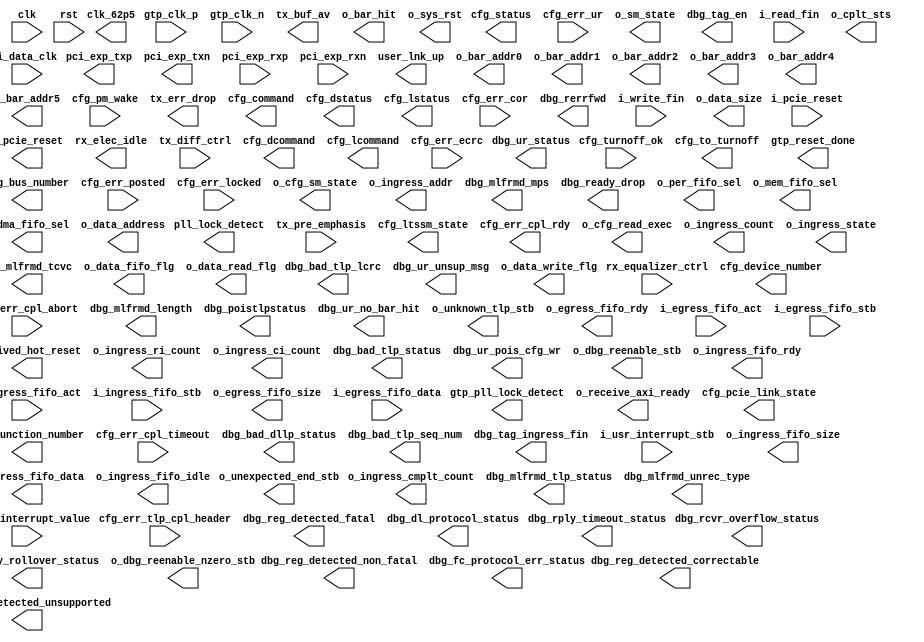
module artemis_pcie_controller #(
  parameter SERIAL_NUMBER             = 64'h000000000000C594,
  parameter DATA_INGRESS_FIFO_DEPTH   = 10,   //4096
  parameter DATA_EGRESS_FIFO_DEPTH    = 6     //256
)(
  input                     clk,
  input                     rst,
  //The Following Signals are clocked at 62.5MHz
  // PCI Express Fabric Interface
  input                     gtp_clk_p,
  input                     gtp_clk_n,
  output                    pci_exp_txp,
  output                    pci_exp_txn,
  input                     pci_exp_rxp,
  input                     pci_exp_rxn,
  input                     i_pcie_reset,
  // Transaction (TRN) Interface
  output                    user_lnk_up,
 (* KEEP = "TRUE" *) output clk_62p5,
  // Conifguration: Interrupt
  output      [31:0]        o_bar_addr0,
  output      [31:0]        o_bar_addr1,
  output      [31:0]        o_bar_addr2,
  output      [31:0]        o_bar_addr3,
  output      [31:0]        o_bar_addr4,
  output      [31:0]        o_bar_addr5,
  // Configuration: Power Management
  input                     cfg_turnoff_ok,
  output                    cfg_to_turnoff,
  input                     cfg_pm_wake,
  // System Interface
  output                    o_pcie_reset,
  output                    received_hot_reset,
  output                    gtp_reset_done,
  output                    gtp_pll_lock_detect,
  output                    pll_lock_detect,
  //GTP PHY Configurations
  output                    rx_elec_idle,
  input       [1:0]         rx_equalizer_ctrl,
  input       [3:0]         tx_diff_ctrl,
  input       [2:0]         tx_pre_emphasis,
  output      [4:0]         cfg_ltssm_state,
  output      [5:0]         tx_buf_av,
  output                    tx_err_drop,
  //Extra Info
  output      [6:0]         o_bar_hit,
  output                    o_receive_axi_ready,
  output      [2:0]         cfg_pcie_link_state,
  output      [7:0]         cfg_bus_number,
  output      [4:0]         cfg_device_number,
  output      [2:0]         cfg_function_number,
  output      [15:0]        cfg_status,
  output      [15:0]        cfg_command,
  output      [15:0]        cfg_dstatus,
  output      [15:0]        cfg_dcommand,
  output      [15:0]        cfg_lstatus,
  output      [15:0]        cfg_lcommand,
  // Configuration: Error
  input                     cfg_err_ur,
  input                     cfg_err_cor,
  input                     cfg_err_ecrc,
  input                     cfg_err_cpl_timeout,
  input                     cfg_err_cpl_abort,
  input                     cfg_err_posted,
  input                     cfg_err_locked,
  input       [47:0]        cfg_err_tlp_cpl_header,
  output                    cfg_err_cpl_rdy,
  //Debug
  output      [7:0]         o_cfg_read_exec,
  output      [3:0]         o_cfg_sm_state,
  output      [3:0]         o_sm_state,
  output      [7:0]         o_ingress_count,
  output      [3:0]         o_ingress_state,
  output      [7:0]         o_ingress_ri_count,
  output      [7:0]         o_ingress_ci_count,
  output      [31:0]        o_ingress_cmplt_count,
  output      [31:0]        o_ingress_addr,
  output                    dbg_reg_detected_correctable,
  output                    dbg_reg_detected_fatal,
  output                    dbg_reg_detected_non_fatal,
  output                    dbg_reg_detected_unsupported,
  output                    dbg_bad_dllp_status,
  output                    dbg_bad_tlp_lcrc,
  output                    dbg_bad_tlp_seq_num,
  output                    dbg_bad_tlp_status,
  output                    dbg_dl_protocol_status,
  output                    dbg_fc_protocol_err_status,
  output                    dbg_mlfrmd_length,
  output                    dbg_mlfrmd_mps,
  output                    dbg_mlfrmd_tcvc,
  output                    dbg_mlfrmd_tlp_status,
  output                    dbg_mlfrmd_unrec_type,
  output                    dbg_poistlpstatus,
  output                    dbg_rcvr_overflow_status,
  output                    dbg_rply_rollover_status,
  output                    dbg_rply_timeout_status,
  output                    dbg_ur_no_bar_hit,
  output                    dbg_ur_pois_cfg_wr,
  output                    dbg_ur_status,
  output                    dbg_ur_unsup_msg,
  output        [15:0]      dbg_tag_ingress_fin,
  output        [15:0]      dbg_tag_en,
  output                    dbg_rerrfwd,
  output                    dbg_ready_drop,
  output                    o_dbg_reenable_stb,
  output                    o_dbg_reenable_nzero_stb, //If the host responded a bit then this will be greater than zero
  output                    o_sys_rst,
  //User Interfaces
  output                    o_per_fifo_sel,
  output                    o_mem_fifo_sel,
  output                    o_dma_fifo_sel,
  input                     i_write_fin,
  input                     i_read_fin,
  output      [31:0]        o_data_size,
  output      [31:0]        o_data_address,
  output                    o_data_fifo_flg,
  output                    o_data_read_flg,
  output                    o_data_write_flg,
  input                     i_usr_interrupt_stb,
  input       [31:0]        i_usr_interrupt_value,
  output      [2:0]         o_cplt_sts,
  output                    o_unknown_tlp_stb,
  output                    o_unexpected_end_stb,
  //Ingress FIFO
  input                     i_data_clk,
  output                    o_ingress_fifo_rdy,
  input                     i_ingress_fifo_act,
  output      [23:0]        o_ingress_fifo_size,
  input                     i_ingress_fifo_stb,
  output      [31:0]        o_ingress_fifo_data,
  output                    o_ingress_fifo_idle,
  //Egress FIFO
  output      [1:0]         o_egress_fifo_rdy,
  input       [1:0]         i_egress_fifo_act,
  output      [23:0]        o_egress_fifo_size,
  input                     i_egress_fifo_stb,
  input       [31:0]        i_egress_fifo_data
);
// local parameters
// registes/wires
// Control Signals
wire  [1:0]                 c_in_wr_ready;
wire  [1:0]                 c_in_wr_activate;
wire  [23:0]                c_in_wr_size;
wire                        c_in_wr_stb;
wire  [31:0]                c_in_wr_data;
wire                        c_out_rd_stb;
wire                        c_out_rd_ready;
wire                        c_out_rd_activate;
wire  [23:0]                c_out_rd_size;
wire  [31:0]                c_out_rd_data;
//Data
wire  [1:0]                 d_in_wr_ready;
wire  [1:0]                 d_in_wr_activate;
wire  [23:0]                d_in_wr_size;
wire                        d_in_wr_stb;
wire  [31:0]                d_in_wr_data;
wire                        d_out_rd_stb;
wire                        d_out_rd_ready;
wire                        d_out_rd_activate;
wire  [23:0]                d_out_rd_size;
wire  [31:0]                d_out_rd_data;
wire  [31:0]                m_axis_rx_tdata;
wire  [3:0]                 m_axis_rx_tkeep;
wire                        m_axis_rx_tlast;
wire                        m_axis_rx_tvalid;
wire                        m_axis_rx_tready;
wire  [21:0]                m_axis_rx_tuser;
wire                        s_axis_tx_tready;
wire  [31:0]                s_axis_tx_tdata;
wire  [3:0]                 s_axis_tx_tkeep;
wire  [3:0]                 s_axis_tx_tuser;
wire                        s_axis_tx_tlast;
wire                        s_axis_tx_tvalid;
wire                        cfg_trn_pending;
wire                        cfg_interrupt_stb;
wire                        cfg_interrupt;
wire                        cfg_interrupt_rdy;
wire                        cfg_interrupt_assert;
wire  [7:0]                 cfg_interrupt_do;
wire  [7:0]                 cfg_interrupt_di;
wire  [2:0]                 cfg_interrupt_mmenable;
wire                        cfg_interrupt_msienable;
wire  [7:0]                 w_interrupt_msi_value;
wire                        w_interrupt_stb;
//XXX: Configuration Registers this should be read in by the controller
wire  [31:0]                w_write_a_addr;
wire  [31:0]                w_write_b_addr;
wire  [31:0]                w_read_a_addr;
wire  [31:0]                w_read_b_addr;
wire  [31:0]                w_status_addr;
wire  [31:0]                w_buffer_size;
wire  [31:0]                w_ping_value;
wire  [31:0]                w_dev_addr;
wire  [1:0]                 w_update_buf;
wire                        w_update_buf_stb;
//XXX: Control SM Signals
wire  [31:0]                w_control_addr_base;
wire  [31:0]                w_cmd_data_count;
wire  [31:0]                w_cmd_data_address;
assign  w_control_addr_base = o_bar_addr0;
//XXX: These signals are controlled by the buffer controller
//BUFFER Interface
wire                        w_buf_we;
wire  [31:0]                w_buf_addr;
wire  [31:0]                w_buf_dat;
wire                        s_axis_tx_discont;
wire                        s_axis_tx_stream;
wire                        s_axis_tx_err_fwd;
wire                        s_axis_tx_s6_not_used;
wire          [31:0]        cfg_do;
wire                        cfg_rd_wr_done;
wire          [9:0]         cfg_dwaddr;
wire                        cfg_rd_en;
wire                        cfg_enable;
wire                        tx_cfg_gnt;
wire                        rx_np_ok;
wire  [6:0]                 w_bar_hit;
wire                        w_enable_config_read;
wire                        w_finished_config_read;
wire                        w_reg_write_stb;
//Command Strobe Signals
wire                        w_cmd_rst_stb;
wire                        w_cmd_wr_stb;
wire                        w_cmd_rd_stb;
wire                        w_cmd_ping_stb;
wire                        w_cmd_rd_cfg_stb;
wire                        w_cmd_unknown_stb;
//Command Flag Signals
wire                        w_cmd_flg_fifo_stb;
wire                        w_cmd_flg_sel_per_stb;
wire                        w_cmd_flg_sel_mem_stb;
wire                        w_cmd_flg_sel_dma_stb;
//Egress FIFO Signals
wire                        w_egress_enable;
wire                        w_egress_finished;
wire  [7:0]                 w_egress_tlp_command;
wire  [13:0]                w_egress_tlp_flags;
wire  [31:0]                w_egress_tlp_address;
wire  [15:0]                w_egress_tlp_requester_id;
wire  [7:0]                 w_egress_tag;
/****************************************************************************
wire                        w_ctr_fifo_sel;
wire                        w_egress_fifo_rdy;
wire                        w_egress_fifo_act;
wire  [23:0]                w_egress_fifo_size;
wire  [31:0]                w_egress_fifo_data;
wire                        w_egress_fifo_stb;
wire                        w_e_ctr_fifo_rdy;
wire                        w_e_ctr_fifo_act;
wire  [23:0]                w_e_ctr_fifo_size;
wire  [31:0]                w_e_ctr_fifo_data;
wire                        w_e_ctr_fifo_stb;
wire                        w_e_per_fifo_rdy;
wire                        w_e_per_fifo_act;
wire  [23:0]                w_e_per_fifo_size;
wire  [31:0]                w_e_per_fifo_data;
wire                        w_e_per_fifo_stb;
wire                        w_e_mem_fifo_rdy;
wire                        w_e_mem_fifo_act;
wire  [23:0]                w_e_mem_fifo_size;
wire  [31:0]                w_e_mem_fifo_data;
wire                        w_e_mem_fifo_stb;
wire                        w_e_dma_fifo_rdy;
wire                        w_e_dma_fifo_act;
wire  [23:0]                w_e_dma_fifo_size;
wire  [31:0]                w_e_dma_fifo_data;
wire                        w_e_dma_fifo_stb;
wire  [12:0]                w_ibm_buf_offset;
wire                        w_bb_buf_we;
wire  [10:0]                w_bb_buf_addr;
wire  [31:0]                w_bb_buf_data;
wire  [23:0]                w_bb_data_count;
wire  [1:0]                 w_i_data_fifo_rdy;
wire  [1:0]                 w_o_data_fifo_act;
wire  [23:0]                w_o_data_fifo_size;
wire                        w_i_data_fifo_stb;
wire  [31:0]                w_i_data_fifo_data;
wire                        w_e_data_fifo_rdy;
wire                        w_e_data_fifo_act;
wire  [23:0]                w_e_data_fifo_size;
wire                        w_e_data_fifo_stb;
wire  [31:0]                w_e_data_fifo_data;
wire                        w_egress_inactive;
wire                        w_dat_fifo_sel;
wire  [23:0]                w_buf_max_size;
assign  w_buf_max_size  = 2**DATA_INGRESS_FIFO_DEPTH;
//Credit Manager
wire                        w_rcb_128B_sel;
wire  [2:0]                 fc_sel;
wire  [7:0]                 fc_nph;
wire  [11:0]                fc_npd;
wire  [7:0]                 fc_ph;
wire  [11:0]                fc_pd;
wire  [7:0]                 fc_cplh;
wire  [11:0]                fc_cpld;
wire                        w_pcie_ctr_fc_ready;
wire                        w_pcie_ctr_cmt_stb;
wire  [9:0]                 w_pcie_ctr_dword_req_cnt;
wire                        w_pcie_ing_fc_rcv_stb;
wire  [9:0]                 w_pcie_ing_fc_rcv_cnt;
//Buffer Manager
wire                        w_hst_buf_fin_stb;
wire  [1:0]                 w_hst_buf_fin;
wire                        w_ctr_en;
wire                        w_ctr_mem_rd_req_stb;
wire                        w_ctr_dat_fin;
wire                        w_ctr_tag_rdy;
wire  [7:0]                 w_ctr_tag;
wire  [9:0]                 w_ctr_dword_size;
wire                        w_ctr_buf_sel;
wire                        w_ctr_idle;
wire  [11:0]                w_ctr_start_addr;
wire  [7:0]                 w_ing_cplt_tag;
wire  [6:0]                 w_ing_cplt_lwr_addr;
wire  [1:0]                 w_bld_buf_en;
wire                        w_bld_buf_fin;
wire                        w_wr_fin;
wire                        w_rd_fin;
cross_clock_enable rd_fin_en (
  .rst                               (o_pcie_reset                  ),
  .in_en                             (i_read_fin                    ),
  .out_clk                           (clk_62p5                      ),
  .out_en                            (w_rd_fin                      )
);
cross_clock_enable wr_fin_en (
  .rst                               (o_pcie_reset                  ),
  .in_en                             (i_write_fin                   ),
  .out_clk                           (clk_62p5                      ),
  .out_en                            (w_wr_fin                      )
);
/****************************************************************************
pcie_axi_bridge pcie_interface
//sim_pcie_axi_bridge pcie_interface
(
  // PCI Express Fabric Interface
  .pci_exp_txp                       (pci_exp_txp                   ),
  .pci_exp_txn                       (pci_exp_txn                   ),
  .pci_exp_rxp                       (pci_exp_rxp                   ),
  .pci_exp_rxn                       (pci_exp_rxn                   ),
  // Transaction (TRN) Interface
  .user_lnk_up                       (user_lnk_up                   ),
  // Tx
  .s_axis_tx_tready                  (s_axis_tx_tready              ),
  .s_axis_tx_tdata                   (s_axis_tx_tdata               ),
  .s_axis_tx_tkeep                   (s_axis_tx_tkeep               ),
  .s_axis_tx_tuser                   (s_axis_tx_tuser               ),
  .s_axis_tx_tlast                   (s_axis_tx_tlast               ),
  .s_axis_tx_tvalid                  (s_axis_tx_tvalid              ),
  .tx_cfg_gnt                        (tx_cfg_gnt                    ),
//  .user_enable_comm                  (user_enable_comm              ),
  // Rx
  .m_axis_rx_tdata                   (m_axis_rx_tdata               ),
  .m_axis_rx_tkeep                   (m_axis_rx_tkeep               ),
  .m_axis_rx_tlast                   (m_axis_rx_tlast               ),
  .m_axis_rx_tvalid                  (m_axis_rx_tvalid              ),
  .m_axis_rx_tready                  (m_axis_rx_tready              ),
  .m_axis_rx_tuser                   (m_axis_rx_tuser               ),
//  output  reg [21:0]  m_axis_rx_tuser,
//  input               rx_np_ok,
  .rx_np_ok                          (rx_np_ok                      ),
  // Flow Control
  .fc_sel                            (fc_sel                        ),
  .fc_nph                            (fc_nph                        ),
  .fc_npd                            (fc_npd                        ),
  .fc_ph                             (fc_ph                         ),
  .fc_pd                             (fc_pd                         ),
  .fc_cplh                           (fc_cplh                       ),
  .fc_cpld                           (fc_cpld                       ),
  // Host Interface
  .cfg_do                            (cfg_do                        ),
  .cfg_rd_wr_done                    (cfg_rd_wr_done                ),
  .cfg_dwaddr                        (cfg_dwaddr                    ),
  .cfg_rd_en                         (cfg_rd_en                     ),
  // Configuration: Error
  .cfg_err_ur                        (cfg_err_ur                    ),
  .cfg_err_cor                       (cfg_err_cor                   ),
  .cfg_err_ecrc                      (cfg_err_ecrc                  ),
  .cfg_err_cpl_timeout               (cfg_err_cpl_timeout           ),
  .cfg_err_cpl_abort                 (cfg_err_cpl_abort             ),
  .cfg_err_posted                    (cfg_err_posted                ),
  .cfg_err_locked                    (cfg_err_locked                ),
  .cfg_err_tlp_cpl_header            (cfg_err_tlp_cpl_header        ),
  .cfg_err_cpl_rdy                   (cfg_err_cpl_rdy               ),
  // Conifguration: Interrupt
  .cfg_interrupt                     (cfg_interrupt                 ),
  .cfg_interrupt_rdy                 (cfg_interrupt_rdy             ),
  .cfg_interrupt_assert              (cfg_interrupt_assert          ),
  .cfg_interrupt_do                  (cfg_interrupt_do              ),
  .cfg_interrupt_di                  (cfg_interrupt_di              ),
  .cfg_interrupt_mmenable            (cfg_interrupt_mmenable        ),
  .cfg_interrupt_msienable           (cfg_interrupt_msienable       ),
  // Configuration: Power Management
  .cfg_turnoff_ok                    (cfg_turnoff_ok                ),
  .cfg_to_turnoff                    (cfg_to_turnoff                ),
  .cfg_pm_wake                       (cfg_pm_wake                   ),
  //Core Controller
  // Configuration: System/Status
  .cfg_pcie_link_state               (cfg_pcie_link_state           ),
  .cfg_trn_pending                   (cfg_trn_pending               ),  //XXX: Do I need to use cfg_trn_pending??
  .cfg_dsn                           (SERIAL_NUMBER                 ),
  .cfg_bus_number                    (cfg_bus_number                ),
  .cfg_device_number                 (cfg_device_number             ),
  .cfg_function_number               (cfg_function_number           ),
  .cfg_status                        (cfg_status                    ),
  .cfg_command                       (cfg_command                   ),
  .cfg_dstatus                       (cfg_dstatus                   ),
  .cfg_dcommand                      (cfg_dcommand                  ),
  .cfg_lstatus                       (cfg_lstatus                   ),
  .cfg_lcommand                      (cfg_lcommand                  ),
  // System Interface
  .sys_clk_p                         (gtp_clk_p                     ),
  .sys_clk_n                         (gtp_clk_n                     ),
  .sys_reset                         (i_pcie_reset                  ),
  .user_clk_out                      (clk_62p5                      ),
  .user_reset_out                    (o_pcie_reset                  ),
  .received_hot_reset                (received_hot_reset            ),
  .pll_lock_detect                   (pll_lock_detect               ),
  .gtp_pll_lock_detect               (gtp_pll_lock_detect           ),
  .gtp_reset_done                    (gtp_reset_done                ),
  .rx_elec_idle                      (rx_elec_idle                  ),
  .rx_equalizer_ctrl                 (rx_equalizer_ctrl             ),
  .tx_diff_ctrl                      (tx_diff_ctrl                  ),
  .tx_pre_emphasis                   (tx_pre_emphasis               ),
  .cfg_ltssm_state                   (cfg_ltssm_state               ),
  .tx_buf_av                         (tx_buf_av                     ),
  .tx_err_drop                       (tx_err_drop                   ),
  .o_bar_hit                         (w_bar_hit                     ),
  .dbg_reg_detected_correctable      (dbg_reg_detected_correctable  ),
  .dbg_reg_detected_fatal            (dbg_reg_detected_fatal        ),
  .dbg_reg_detected_non_fatal        (dbg_reg_detected_non_fatal    ),
  .dbg_reg_detected_unsupported      (dbg_reg_detected_unsupported  ),
  .dbg_bad_dllp_status               (dbg_bad_dllp_status           ),
  .dbg_bad_tlp_lcrc                  (dbg_bad_tlp_lcrc              ),
  .dbg_bad_tlp_seq_num               (dbg_bad_tlp_seq_num           ),
  .dbg_bad_tlp_status                (dbg_bad_tlp_status            ),
  .dbg_dl_protocol_status            (dbg_dl_protocol_status        ),
  .dbg_fc_protocol_err_status        (dbg_fc_protocol_err_status    ),
  .dbg_mlfrmd_length                 (dbg_mlfrmd_length             ),
  .dbg_mlfrmd_mps                    (dbg_mlfrmd_mps                ),
  .dbg_mlfrmd_tcvc                   (dbg_mlfrmd_tcvc               ),
  .dbg_mlfrmd_tlp_status             (dbg_mlfrmd_tlp_status         ),
  .dbg_mlfrmd_unrec_type             (dbg_mlfrmd_unrec_type         ),
  .dbg_poistlpstatus                 (dbg_poistlpstatus             ),
  .dbg_rcvr_overflow_status          (dbg_rcvr_overflow_status      ),
  .dbg_rply_rollover_status          (dbg_rply_rollover_status      ),
  .dbg_rply_timeout_status           (dbg_rply_timeout_status       ),
  .dbg_ur_no_bar_hit                 (dbg_ur_no_bar_hit             ),
  .dbg_ur_pois_cfg_wr                (dbg_ur_pois_cfg_wr            ),
  .dbg_ur_status                     (dbg_ur_status                 ),
  .dbg_ur_unsup_msg                  (dbg_ur_unsup_msg              )
);
/****************************************************************************
config_parser cfg (
  .clk                        (clk_62p5                   ),
  .rst                        (o_pcie_reset               ),
  .i_en                       (w_enable_config_read       ),
  .o_finished                 (w_finished_config_read     ),
  .i_cfg_do                   (cfg_do                     ),
  .i_cfg_rd_wr_done           (cfg_rd_wr_done             ),
  .o_cfg_dwaddr               (cfg_dwaddr                 ),
  .o_cfg_rd_en                (cfg_rd_en                  ),
  .o_bar_addr0                (o_bar_addr0                ),
  .o_bar_addr1                (o_bar_addr1                ),
  .o_bar_addr2                (o_bar_addr2                ),
  .o_bar_addr3                (o_bar_addr3                ),
  .o_bar_addr4                (o_bar_addr4                ),
  .o_bar_addr5                (o_bar_addr5                )
);
buffer_builder #(
  .MEM_DEPTH                  (11                         ),   //8K Buffer
  .DATA_WIDTH                 (32                         )
) bb (
  .mem_clk                    (clk_62p5                   ),
  .rst                        (o_pcie_reset               ),
  .i_ppfifo_wr_en             (w_bld_buf_en               ),
  .o_ppfifo_wr_fin            (w_bld_buf_fin              ),
  .i_bram_we                  (w_bb_buf_we                ),
  .i_bram_addr                (w_bb_buf_addr              ),
  .i_bram_din                 (w_bb_buf_data              ),
  .ppfifo_clk                 (clk_62p5                   ),
  .i_data_count               (w_bb_data_count            ),
  .i_write_ready              (w_i_data_fifo_rdy          ),
  .o_write_activate           (w_o_data_fifo_act          ),
  .i_write_size               (w_o_data_fifo_size         ),
  .o_write_stb                (w_i_data_fifo_stb          ),
  .o_write_data               (w_i_data_fifo_data         )
);
credit_manager cm (
  .clk                        (clk_62p5                   ),
  .rst                        (o_pcie_reset               ),
  //Credits
  .o_fc_sel                   (fc_sel                     ),
  .i_rcb_sel                  (w_rcb_128B_sel             ),
  .i_fc_cplh                  (fc_cplh                    ),
  .i_fc_cpld                  (fc_cpld                    ),
  //PCIE Control Interface
  .o_ready                    (w_pcie_ctr_fc_ready        ),
  .i_cmt_stb                  (w_pcie_ctr_cmt_stb         ),
  .i_dword_req_count          (w_pcie_ctr_dword_req_cnt   ),
  //Completion Receive Size
  .i_rcv_stb                  (w_pcie_ing_fc_rcv_stb      ),
  .i_dword_rcv_count          (w_pcie_ing_fc_rcv_cnt      )
);
ingress_buffer_manager buf_man (
  .clk                        (clk_62p5                   ),
  .rst                        (o_pcie_reset               ),
  //Host Interface
  .i_hst_buf_rdy_stb          (w_update_buf_stb           ),
  .i_hst_buf_rdy              (w_update_buf               ),
  .o_hst_buf_fin_stb          (w_hst_buf_fin_stb          ),
  .o_hst_buf_fin              (w_hst_buf_fin              ),
  //PCIE Control Interface
  .i_ctr_en                   (w_ctr_en                   ),
  .i_ctr_mem_rd_req_stb       (w_ctr_mem_rd_req_stb       ),
  .i_ctr_dat_fin              (w_ctr_dat_fin              ),
  .o_ctr_tag_rdy              (w_ctr_tag_rdy              ),
  .o_ctr_tag                  (w_ctr_tag                  ),
  .o_ctr_dword_size           (w_ctr_dword_size           ),
  .o_ctr_start_addr           (w_ctr_start_addr           ),
  .o_ctr_buf_sel              (w_ctr_buf_sel              ),
  .o_ctr_idle                 (w_ctr_idle                 ),
  //PCIE Ingress Interface
  .i_ing_cplt_stb             (w_pcie_ing_fc_rcv_stb      ),
  .i_ing_cplt_tag             (w_ing_cplt_tag             ),
  .i_ing_cplt_pkt_cnt         (w_pcie_ing_fc_rcv_cnt      ),
  .i_ing_cplt_lwr_addr        (w_ing_cplt_lwr_addr        ),
  //Buffer Block Interface
  .o_bld_mem_addr             (w_ibm_buf_offset           ),
  .o_bld_buf_en               (w_bld_buf_en               ),
  .i_bld_buf_fin              (w_bld_buf_fin              ),
  .o_dbg_tag_ingress_fin      (dbg_tag_ingress_fin        ),
  .o_dbg_tag_en               (dbg_tag_en                 ),
  .o_dbg_reenable_stb         (o_dbg_reenable_stb         ),
  .o_dbg_reenable_nzero_stb   (o_dbg_reenable_nzero_stb   )
);
pcie_control controller (
  .clk                        (clk_62p5                   ),
  .rst                        (o_pcie_reset               ),
  //Configuration Values
  .i_pcie_bus_num             (cfg_bus_number             ),
  .i_pcie_dev_num             (cfg_device_number          ),
  .i_pcie_fun_num             (cfg_function_number        ),
  //Ingress Machine Interface
  .i_write_a_addr             (w_write_a_addr             ),
  .i_write_b_addr             (w_write_b_addr             ),
  .i_read_a_addr              (w_read_a_addr              ),
  .i_read_b_addr              (w_read_b_addr              ),
  .i_status_addr              (w_status_addr              ),
  .i_buffer_size              (w_buffer_size              ),
  .i_ping_value               (w_ping_value               ),
  .i_dev_addr                 (w_dev_addr                 ),
  .i_update_buf               (w_update_buf               ),
  .i_update_buf_stb           (w_update_buf_stb           ),
  .i_reg_write_stb            (w_reg_write_stb            ),
  //.i_device_select            (w_device_select            ),
  .i_cmd_rst_stb              (w_cmd_rst_stb              ),
  .i_cmd_wr_stb               (w_cmd_wr_stb               ),
  .i_cmd_rd_stb               (w_cmd_rd_stb               ),
  .i_cmd_ping_stb             (w_cmd_ping_stb             ),
  .i_cmd_rd_cfg_stb           (w_cmd_rd_cfg_stb           ),
  .i_cmd_unknown              (w_cmd_unknown_stb          ),
  .i_cmd_flg_fifo             (w_cmd_flg_fifo_stb         ),
  .i_cmd_flg_sel_periph       (w_cmd_flg_sel_per_stb      ),
  .i_cmd_flg_sel_memory       (w_cmd_flg_sel_mem_stb      ),
  .i_cmd_flg_sel_dma          (w_cmd_flg_sel_dma_stb      ),
  .i_cmd_data_count           (w_cmd_data_count           ),
  .i_cmd_data_address         (w_cmd_data_address         ),
  .o_ctr_sel                  (w_ctr_fifo_sel             ),
  //User Interface
  .o_per_sel                  (o_per_fifo_sel             ),
  .o_mem_sel                  (o_mem_fifo_sel             ),
  .o_dma_sel                  (o_dma_fifo_sel             ),
  //.i_write_fin                (i_write_fin                ),
  .i_write_fin                (w_wr_fin                   ),
//  .i_read_fin                 (i_read_fin & w_egress_inactive ),
  .i_read_fin                 (w_rd_fin & w_egress_inactive     ),
  .o_data_fifo_sel            (w_dat_fifo_sel             ),
  .i_interrupt_stb            (i_usr_interrupt_stb        ),
  .i_interrupt_value          (i_usr_interrupt_value      ),
  .o_data_size                (o_data_size                ),
  .o_data_address             (o_data_address             ),
  .o_data_fifo_flg            (o_data_fifo_flg            ),
  .o_data_read_flg            (o_data_read_flg            ),
  .o_data_write_flg           (o_data_write_flg           ),
  //Peripheral/Memory/DMA Egress FIFO Interface
  .i_e_fifo_rdy               (w_egress_fifo_rdy          ),
  .i_e_fifo_size              (w_egress_fifo_size         ),
  //Egress Controller Interface
  .o_egress_enable            (w_egress_enable            ),
  .i_egress_finished          (w_egress_finished          ),
  .o_egress_tlp_command       (w_egress_tlp_command       ),
  .o_egress_tlp_flags         (w_egress_tlp_flags         ),
  .o_egress_tlp_address       (w_egress_tlp_address       ),
  .o_egress_tlp_requester_id  (w_egress_tlp_requester_id  ),
  .o_egress_tag               (w_egress_tag               ),
  .o_interrupt_msi_value      (w_interrupt_msi_value      ),
//  .o_interrupt_stb            (w_interrupt_stb            ),
  .o_interrupt_send_en        (cfg_interrupt              ),
  .i_interrupt_send_rdy       (cfg_interrupt_rdy          ),
  .o_egress_fifo_rdy          (w_e_ctr_fifo_rdy           ),
  .i_egress_fifo_act          (w_e_ctr_fifo_act           ),
  .o_egress_fifo_size         (w_e_ctr_fifo_size          ),
  .i_egress_fifo_stb          (w_e_ctr_fifo_stb           ),
  .o_egress_fifo_data         (w_e_ctr_fifo_data          ),
  //Ingress Buffer Interface
  .i_ibm_buf_fin_stb          (w_hst_buf_fin_stb          ),
  .i_ibm_buf_fin              (w_hst_buf_fin              ),
  .o_ibm_en                   (w_ctr_en                   ),
  .o_ibm_req_stb              (w_ctr_mem_rd_req_stb       ),
  .o_ibm_dat_fin              (w_ctr_dat_fin              ),
  .i_ibm_tag_rdy              (w_ctr_tag_rdy              ),
  .i_ibm_tag                  (w_ctr_tag                  ),
  .i_ibm_dword_cnt            (w_ctr_dword_size           ),
  .i_ibm_start_addr           (w_ctr_start_addr           ),
  .i_ibm_buf_sel              (w_ctr_buf_sel              ),
  .i_ibm_idle                 (w_ctr_idle                 ),
  .i_buf_max_size             (w_buf_max_size             ),
  .o_buf_data_count           (w_bb_data_count            ),
  //System Interface
  .o_sys_rst                  (o_sys_rst                  ),
  .i_fc_ready                 (w_pcie_ctr_fc_ready        ),
  .o_fc_cmt_stb               (w_pcie_ctr_cmt_stb         ),
  .o_dword_req_cnt            (w_pcie_ctr_dword_req_cnt   ),
  //Configuration Reader Interface
  .o_cfg_read_exec            (o_cfg_read_exec            ),
  .o_cfg_sm_state             (o_cfg_sm_state             ),
  .o_sm_state                 (o_sm_state                 )
);
//XXX: Need to think about resets
/****************************************************************************
//INGRESS FIFO
ppfifo #(
  .DATA_WIDTH                 (32                         ),
  .ADDRESS_WIDTH              (DATA_INGRESS_FIFO_DEPTH    ) // 1024 32-bit values (4096 Bytes)
) i_data_fifo (
  .reset                      (o_pcie_reset || rst        ),
  //Write Side
  .write_clock                (clk_62p5                   ),
  .write_ready                (w_i_data_fifo_rdy          ),
  .write_activate             (w_o_data_fifo_act          ),
  .write_fifo_size            (w_o_data_fifo_size         ),
  .write_strobe               (w_i_data_fifo_stb          ),
  .write_data                 (w_i_data_fifo_data         ),
  //Read Side
  .read_clock                 (i_data_clk                 ),
  .read_ready                 (o_ingress_fifo_rdy         ),
  .read_activate              (i_ingress_fifo_act         ),
  .read_count                 (o_ingress_fifo_size        ),
  .read_strobe                (i_ingress_fifo_stb         ),
  .read_data                  (o_ingress_fifo_data        ),
  .inactive                   (o_ingress_fifo_idle        )
);
//EGRESS FIFOs
ppfifo #(
  .DATA_WIDTH                 (32                         ),
  .ADDRESS_WIDTH              (DATA_EGRESS_FIFO_DEPTH     ) // 64 32-bit values (256 Bytes)
) e_data_fifo (
  .reset                      (o_pcie_reset || rst        ),
  //Write Side
  .write_clock                (i_data_clk                 ),
  .write_ready                (o_egress_fifo_rdy          ),
  .write_activate             (i_egress_fifo_act          ),
  .write_fifo_size            (o_egress_fifo_size         ),
  .write_strobe               (i_egress_fifo_stb          ),
  .write_data                 (i_egress_fifo_data         ),
  //Read Side
  .read_clock                 (clk_62p5                   ),
  .read_ready                 (w_e_data_fifo_rdy          ),
  .read_activate              (w_e_data_fifo_act          ),
  .read_count                 (w_e_data_fifo_size         ),
  .read_strobe                (w_e_data_fifo_stb          ),
  .read_data                  (w_e_data_fifo_data         ),
  .inactive                   (w_egress_inactive          )
);
pcie_ingress ingress (
  .clk                        (clk_62p5                   ),
  .rst                        (o_pcie_reset               ),
  //AXI Stream Host 2 Device
  .o_axi_ingress_ready        (m_axis_rx_tready           ),
  .i_axi_ingress_data         (m_axis_rx_tdata            ),
  .i_axi_ingress_keep         (m_axis_rx_tkeep            ),
  .i_axi_ingress_last         (m_axis_rx_tlast            ),
  .i_axi_ingress_valid        (m_axis_rx_tvalid           ),
  //Configuration
  .o_reg_write_stb            (w_reg_write_stb            ),  //Strobes when new register data is detected
  //Parsed out Register Values
  .o_write_a_addr             (w_write_a_addr             ),
  .o_write_b_addr             (w_write_b_addr             ),
  .o_read_a_addr              (w_read_a_addr              ),
  .o_read_b_addr              (w_read_b_addr              ),
  .o_status_addr              (w_status_addr              ),
  .o_buffer_size              (w_buffer_size              ),
  .o_ping_value               (w_ping_value               ),
  .o_dev_addr                 (w_dev_addr                 ),
  .o_update_buf               (w_update_buf               ),
  .o_update_buf_stb           (w_update_buf_stb           ),
  //Command Interface
  //.o_device_select            (w_device_select            ),
  .o_cmd_rst_stb              (w_cmd_rst_stb              ),  //Strobe when a reset command is detected
  .o_cmd_wr_stb               (w_cmd_wr_stb               ),  //Strobes when a write request is detected
  .o_cmd_rd_stb               (w_cmd_rd_stb               ),  //Strobes when a read request is detected
  .o_cmd_ping_stb             (w_cmd_ping_stb             ),  //Strobes when a ping request is detected
  .o_cmd_rd_cfg_stb           (w_cmd_rd_cfg_stb           ),  //Strobes when a read configuration id detected
  .o_cmd_unknown_stb          (w_cmd_unknown_stb          ),
  .o_cmd_flg_fifo_stb         (w_cmd_flg_fifo_stb         ),  //Flag indicating that transfer shouldn't auto increment addr
  .o_cmd_flg_sel_per_stb      (w_cmd_flg_sel_per_stb      ),
  .o_cmd_flg_sel_mem_stb      (w_cmd_flg_sel_mem_stb      ),
  .o_cmd_flg_sel_dma_stb      (w_cmd_flg_sel_dma_stb      ),
  //Input Configuration Registers from either PCIE_A1 or controller
  .i_bar_hit                  (o_bar_hit                  ),
  //Local Address of where BAR0 is located (Used to do address translation)
  .i_control_addr_base        (w_control_addr_base        ),
  .o_enable_config_read       (w_enable_config_read       ),
  .i_finished_config_read     (w_finished_config_read     ),
  //When a command is detected the size of the transaction is reported here
  .o_cmd_data_count           (w_cmd_data_count           ),
  .o_cmd_data_address         (w_cmd_data_address         ),
  //Flow Control
  .o_cplt_pkt_stb             (w_pcie_ing_fc_rcv_stb      ),
  .o_cplt_pkt_cnt             (w_pcie_ing_fc_rcv_cnt      ),
  .o_cplt_sts                 (o_cplt_sts                 ),
  .o_unknown_tlp_stb          (o_unknown_tlp_stb          ),
  .o_unexpected_end_stb       (o_unexpected_end_stb       ),
  .o_cplt_pkt_tag             (w_ing_cplt_tag             ),
  .o_cplt_pkt_lwr_addr        (w_ing_cplt_lwr_addr        ),
  //Buffer interface, the buffer controller will manage this
  .i_buf_offset               (w_ibm_buf_offset           ),
  .o_buf_we                   (w_bb_buf_we                ),
  .o_buf_addr                 (w_bb_buf_addr              ),
  .o_buf_data                 (w_bb_buf_data              ),
  .o_state                    (o_ingress_state            ),
  .o_ingress_count            (o_ingress_count            ),
  .o_ingress_ri_count         (o_ingress_ri_count         ),
  .o_ingress_ci_count         (o_ingress_ci_count         ),
  .o_ingress_cmplt_count      (o_ingress_cmplt_count      ),
  .o_ingress_addr             (o_ingress_addr             )
);
pcie_egress egress (
  .clk                        (clk_62p5                   ),
  .rst                        (o_pcie_reset               ),
  .i_enable                   (w_egress_enable            ),
  .o_finished                 (w_egress_finished          ),
  .i_command                  (w_egress_tlp_command       ),
  .i_flags                    (w_egress_tlp_flags         ),
  .i_address                  (w_egress_tlp_address       ),
  .i_requester_id             (w_egress_tlp_requester_id  ),
  .i_tag                      (w_egress_tag               ),
  .i_req_dword_cnt            (w_pcie_ctr_dword_req_cnt   ),
  //AXI Interface
  .i_axi_egress_ready         (s_axis_tx_tready           ),
  .o_axi_egress_data          (s_axis_tx_tdata            ),
  .o_axi_egress_keep          (s_axis_tx_tkeep            ),
  .o_axi_egress_last          (s_axis_tx_tlast            ),
  .o_axi_egress_valid         (s_axis_tx_tvalid           ),
  //Data FIFO Interface
  .i_fifo_rdy                 (w_egress_fifo_rdy          ),
  .o_fifo_act                 (w_egress_fifo_act          ),
  .i_fifo_size                (w_egress_fifo_size         ),
  .i_fifo_data                (w_egress_fifo_data         ),
  .o_fifo_stb                 (w_egress_fifo_stb          ),
  .dbg_ready_drop             (dbg_ready_drop             )
);
/****************************************************************************
assign  w_egress_fifo_rdy     = (w_ctr_fifo_sel)      ? w_e_ctr_fifo_rdy:
                                (w_dat_fifo_sel)      ? w_e_data_fifo_rdy:
                                1'b0;
assign  w_egress_fifo_size    = (w_ctr_fifo_sel)      ? w_e_ctr_fifo_size:
                                (w_dat_fifo_sel)      ? w_e_data_fifo_size:
                                24'h0;
assign  w_egress_fifo_data    = (w_ctr_fifo_sel)      ? w_e_ctr_fifo_data:
                                (w_dat_fifo_sel)      ? w_e_data_fifo_data:
                                32'h00;
assign  w_e_ctr_fifo_act      = (w_ctr_fifo_sel)      ? w_egress_fifo_act:
                                 1'b0;
assign  w_e_ctr_fifo_stb      = (w_ctr_fifo_sel)      ? w_egress_fifo_stb:
                                 1'b0;
assign  w_e_data_fifo_act     = (w_dat_fifo_sel)      ? w_egress_fifo_act:
                                 1'b0;
assign  w_e_data_fifo_stb     = (w_dat_fifo_sel)      ? w_egress_fifo_stb:
                                 1'b0;
//assign  w_dat_fifo_sel        = (o_per_fifo_sel || o_mem_fifo_sel || o_dma_fifo_sel);
/****************************************************************************
//This used to go to the wishbone slave device
//Need to create a flow controller
assign  o_receive_axi_ready   = 0;
/****************************************************************************
assign  s_axis_tx_discont     = 0;
assign  s_axis_tx_stream      = 0;
assign  s_axis_tx_err_fwd     = 0;
assign  s_axis_tx_s6_not_used = 0;
assign  s_axis_tx_tuser       = {s_axis_tx_discont,
                                 s_axis_tx_stream,
                                 s_axis_tx_err_fwd,
                                 s_axis_tx_s6_not_used};
//Use this BAR Hist because it is buffered with the AXI transaction
assign  o_bar_hit             = m_axis_rx_tuser[8:2];
assign  dbg_rerrfwd           = m_axis_rx_tuser[1];
/****************************************************************************
//XXX: THIS SIGNAL MIGHT NEED TO BE SET HIGH WHEN AN UPSTREAM DATA REQUEST IS SENT
assign  cfg_trn_pending       =  1'b0;
//Allow PCIE_A1 Core to have priority over transactions
assign  tx_cfg_gnt            =  1'b1;
//Allow PCIE_A1 Core to send non-posted transactions to the user application (Flow Control from user app)
assign  rx_np_ok              =  1'b1;
/****************************************************************************
//XXX: THIS IS TEMPORARY BEFORE BUFFER MANAGER IS DONE
/****************************************************************************
//assign  cfg_interrupt_di  = i_interrupt_channel;
//assign  cfg_interrupt_stb = i_interrupt_stb;
assign  cfg_interrupt_di  = w_interrupt_msi_value;
//assign  cfg_interrupt_stb = w_interrupt_stb;
assign  w_rcb_128B_sel    = cfg_lcommand[3];
/****************************************************************************
//asynchronous logic
//synchronous logic
localparam  IDLE            = 0;
localparam  SEND_INTERRUPT  = 1;
reg int_state = IDLE;
/*
always @ (posedge clk_62p5) begin
  if (o_pcie_reset) begin
    cfg_interrupt         <=  0;
    int_state             <=  IDLE;
  end
  else begin
    case (int_state)
      IDLE: begin
        cfg_interrupt     <=  0;
        if (cfg_interrupt_stb)
          int_state       <=  SEND_INTERRUPT;
      end
      SEND_INTERRUPT: begin
        cfg_interrupt     <=  1;
        if (cfg_interrupt_rdy) begin
          int_state       <=  IDLE;
          cfg_interrupt   <=  0;
        end
      end
    endcase
  end
end
*/
endmodule